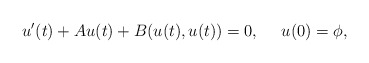
\begin{align*}u^\prime(t)+A u(t)+B(u(t),u(t))=0,\ \ \ \ u(0)=\phi,\end{align*}